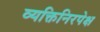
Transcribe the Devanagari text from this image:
व्यक्तिनिरपेक्ष